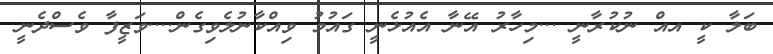
ބަލާ ކީ އއް ނުކުރާނީ ...މިހާރު އޭނާ އެއުޅެނީ ގައުމު ވިއްކާނުލެވިގެން....ވަޒީފާ ވެސްދެނީ